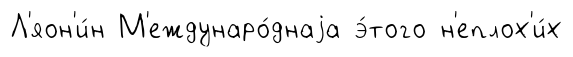
Л'яон'и́н М'еждунаро́днаjа э́того н'еплох'и́х